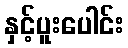
နှင့်ပူးပေါင်း